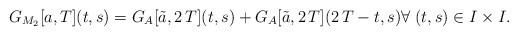
\begin{align*}G_{M_2}[a,T](t,s)=G_A[\tilde{a},2\,T](t,s)+G_A[\tilde{a},2\,T](2\,T-t,s) \forall \; (t,s)\in I\times I.\end{align*}